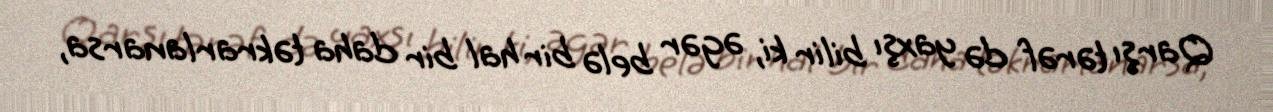
Qarşı tərəf də yaxşı bilir ki, əgər belə bir hal bir daha təkrarlanarsa,